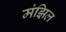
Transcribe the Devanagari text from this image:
मंझिल